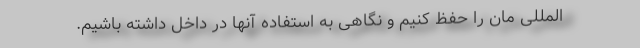
المللی مان را حفظ کنیم و نگاهی به استفاده آنها در داخل داشته باشیم.